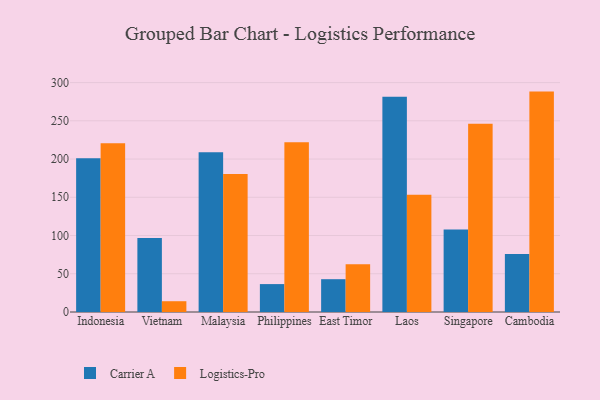
{"axis": {"x": "Country", "y": "Market Share (%)"}, "legend": ["Carrier A", "Logistics-Pro"], "data": [{"x": "Indonesia", "y": 200.9, "type": "Carrier A"}, {"x": "Indonesia", "y": 220.6, "type": "Logistics-Pro"}, {"x": "Vietnam", "y": 96.7, "type": "Carrier A"}, {"x": "Vietnam", "y": 14.1, "type": "Logistics-Pro"}, {"x": "Malaysia", "y": 209.0, "type": "Carrier A"}, {"x": "Malaysia", "y": 180.6, "type": "Logistics-Pro"}, {"x": "Philippines", "y": 36.5, "type": "Carrier A"}, {"x": "Philippines", "y": 222.0, "type": "Logistics-Pro"}, {"x": "East Timor", "y": 42.9, "type": "Carrier A"}, {"x": "East Timor", "y": 62.3, "type": "Logistics-Pro"}, {"x": "Laos", "y": 281.5, "type": "Carrier A"}, {"x": "Laos", "y": 153.4, "type": "Logistics-Pro"}, {"x": "Singapore", "y": 108.0, "type": "Carrier A"}, {"x": "Singapore", "y": 246.0, "type": "Logistics-Pro"}, {"x": "Cambodia", "y": 75.7, "type": "Carrier A"}, {"x": "Cambodia", "y": 288.2, "type": "Logistics-Pro"}]}